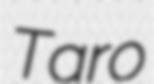
Taro